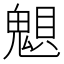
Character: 𲌩